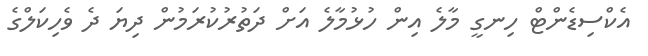
އެކްސިޑެންޓް ހިނގީ މާލެ އިން ހުޅުމާލެ އަށް ދަތުރުކުރަމުން ދިޔަ ދެ ވެހިކަލްގެ